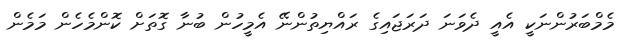
މެމްބަރުންނަކީ އެއީ ދެވަނަ ދަރަޖައިގެ ރައްޔިތުންނޭ އެމީހުން ބުނާ ގޮތަށް ކޮންމެހެން މަމެން